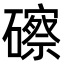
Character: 䃰